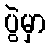
ပွဲမှာ